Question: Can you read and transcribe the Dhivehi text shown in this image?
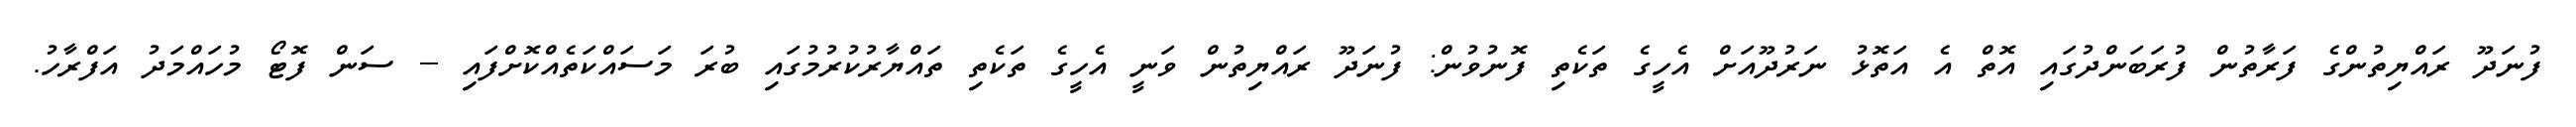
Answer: ފުނަދޫ ރައްޔިތުންގެ ފަރާތުން ފުރަބަންދުގައި އޮތް އެ އަތޮޅު ނަރުދޫއަށް އެހީގެ ތަކެތި ފޮނުވުން: ފުނަދޫ ރައްޔިތުން ވަނީ އެހީގެ ތަކެތި ތައްޔާރުކުރުމުގައި ބުރަ މަސައްކަތެއްކޮށްފައި -- ސަން ފޮޓޯ މުހައްމަދު އަފްރާހު.